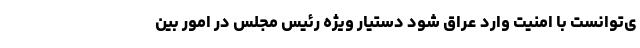
ی‌توانست با امنیت وارد عراق شود دستیار ویژه رئیس مجلس در امور بین